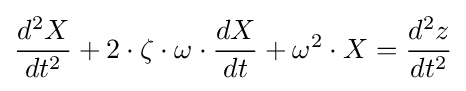
{d^{2}X \over dt^{2}}+2\cdot \zeta \cdot \omega \cdot {dX \over dt}+\omega ^{2}\cdot X={d^{2}z \over dt^{2}}